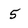
Character: 5